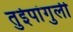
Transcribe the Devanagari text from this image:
तुईपांगुली